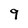
Character: 9